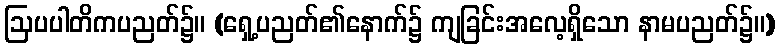
ဩပပါတိကပညတ်၌။ (ရှေ့ပညတ်၏နောက်၌ ကျခြင်းအလေ့ရှိသော နာမပညတ်၌။)